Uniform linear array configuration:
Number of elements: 4
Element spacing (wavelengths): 0.5
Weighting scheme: hann
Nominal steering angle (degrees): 0
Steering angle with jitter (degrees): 1.372
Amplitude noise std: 0.05
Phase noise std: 0.05

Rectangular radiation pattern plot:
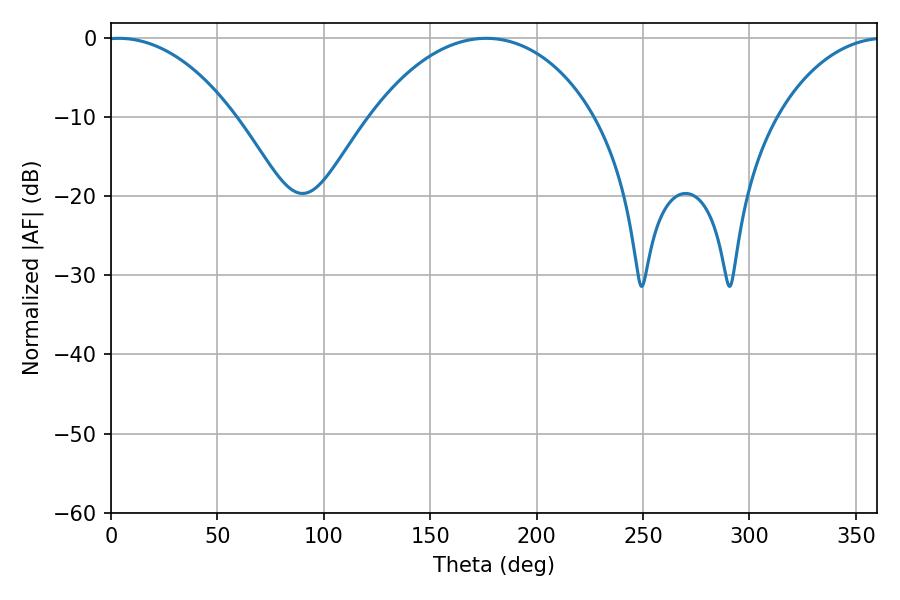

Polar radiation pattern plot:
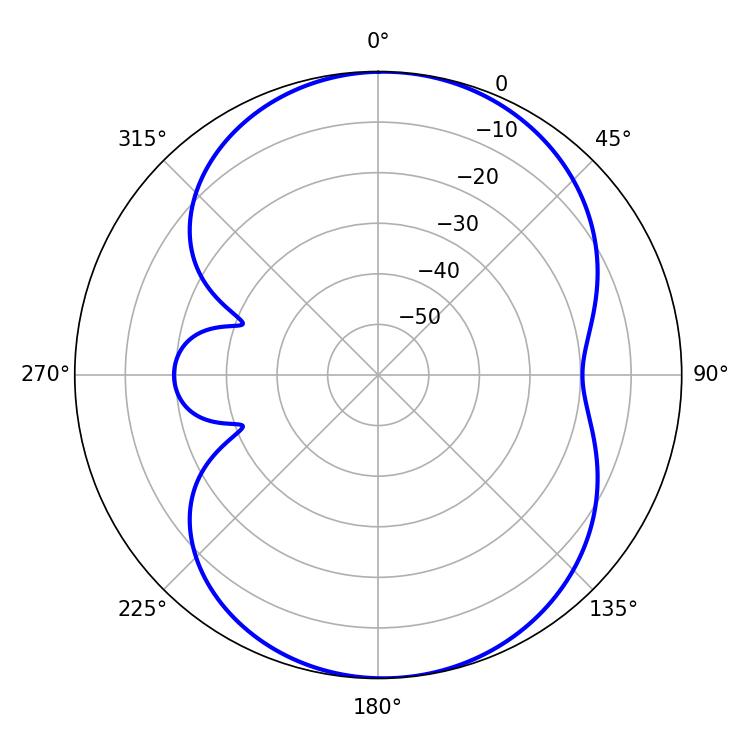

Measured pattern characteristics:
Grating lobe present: FALSE
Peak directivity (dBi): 10.474
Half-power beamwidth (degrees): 59.94
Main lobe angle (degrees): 176.4